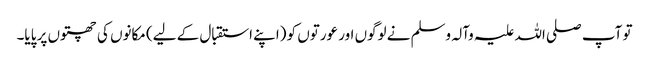
تو آپ صلی اللہ علیہ وآلہ وسلم نے لوگوں اور عورتوں کو (اپنے استقبال کے لیے) مکانوں کی چھتوں پر پایا۔